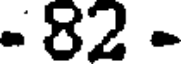
- 82 -